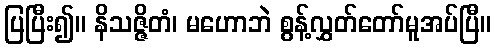
ပြပြီး၍။ နိသဇ္ဇိတံ၊ မဟောဘဲ စွန့်လွှတ်တော်မူအပ်ပြီ။